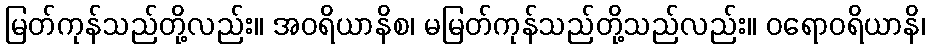
မြတ်ကုန်သည်တို့လည်း။ အဝရိယာနိစ၊ မမြတ်ကုန်သည်တို့သည်လည်း။ ဝရောဝရိယာနိ၊